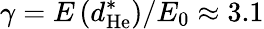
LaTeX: \gamma=E\left(d_{\mathrm{He}}^{\ast}\right)/E_{0}\approx 3.1